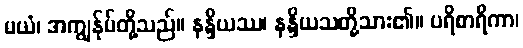
မယံ၊ အကျွန်ုပ်တို့သည်။ နန္ဒိယဿ၊ နန္ဒိယသတို့သား၏။ ပရိစာရိကာ၊